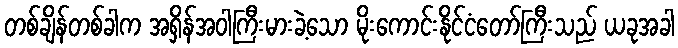
တစ်ချိန်တစ်ခါက အရှိန်အဝါကြီးမားခဲ့သော မိုးကောင်းနိုင်ငံတော်ကြီးသည် ယခုအခါ